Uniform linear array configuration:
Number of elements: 32
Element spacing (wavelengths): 0.75
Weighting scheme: exponential
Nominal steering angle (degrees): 0
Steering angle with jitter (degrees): -1.701
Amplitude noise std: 0.05
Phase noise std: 0.05

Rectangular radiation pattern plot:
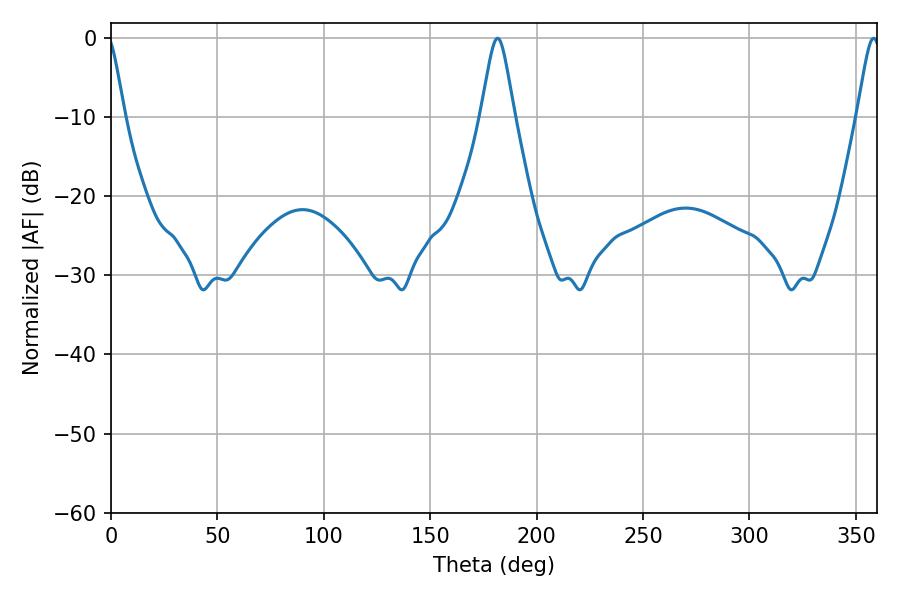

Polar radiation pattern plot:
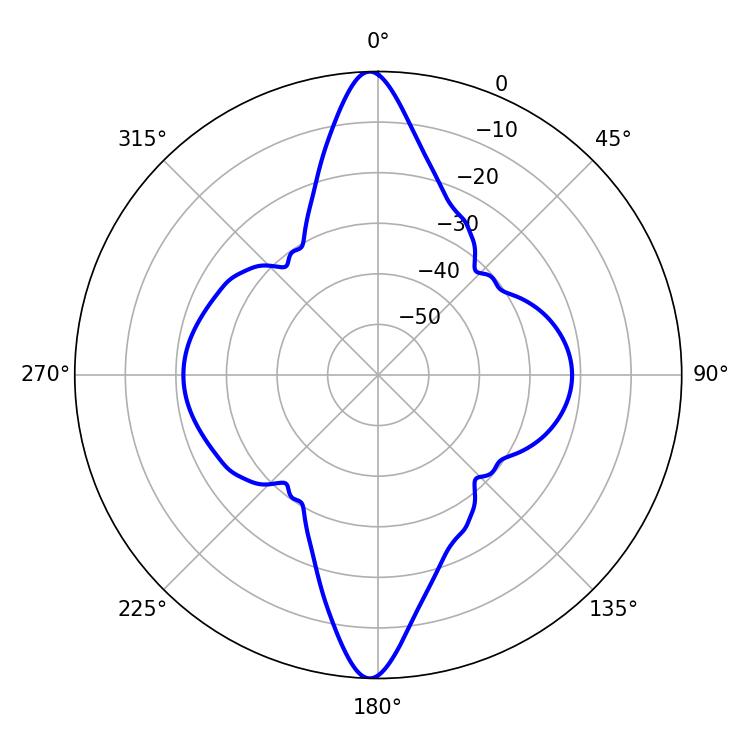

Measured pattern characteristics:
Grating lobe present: TRUE
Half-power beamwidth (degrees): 7.56
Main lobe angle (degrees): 181.62